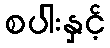
စပါးနှင့်